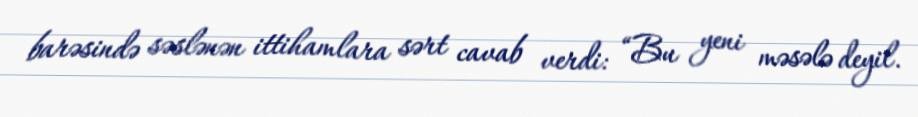
barəsində səslənən ittihamlara sərt cavab verdi: “Bu yeni məsələ deyil.